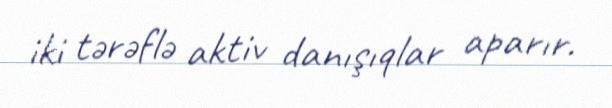
iki tərəflə aktiv danışıqlar aparır.